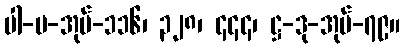
ပါ-ပ-အုပ်-၁၁၆၊ ၃၂၈၊ ၄၄၄၊ ဋ္ဌ-ဒု-အုပ်-၇၉။